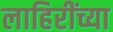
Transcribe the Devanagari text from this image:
लाहिरींच्या